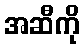
အဆီကို